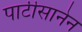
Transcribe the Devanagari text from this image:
पार्टीसानेन